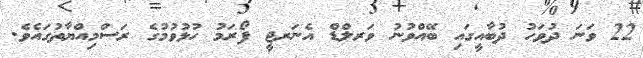
22 ވަނަ ދުވަހު ދުބާއީގައި ބޭއްވުނު ވަރލްޑް އެނަރޖީ ފޯރަމު ހުޅުވުމުގެ ރަސްމިއްޔާތުގައެވެ.